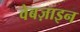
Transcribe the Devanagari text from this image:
वेबज़ाइन